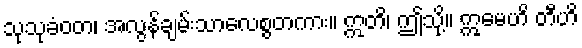
သုသုခံဝတ၊ အလွန်ချမ်းသာလေစွတကား။ ဣတိ၊ ဤသို့။ ဣမေဟိ တီဟိ